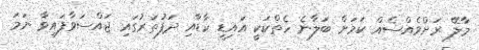
މާލޭ ރަށްވެއްސެއް ކަމަށް ބަލާނެ ހެތްކަކީ އައިޑީ ކާޑާއި ދަފުތަރުގައި ޖައްސަވާފައިވާ ނަމަ